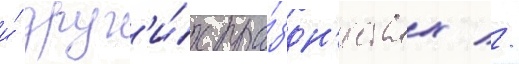
и́ друг'и́х пра́здн'ествах //